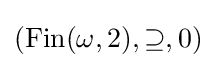
(\operatorname {Fin} (\omega ,2),\supseteq ,0)